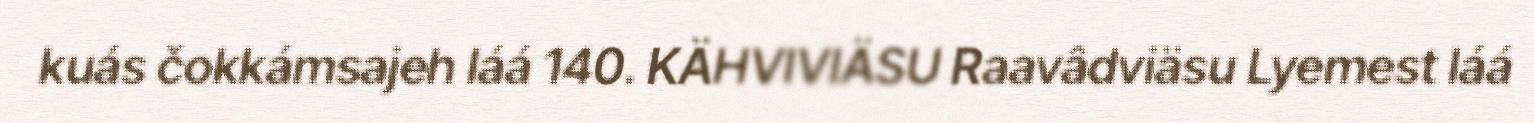
kuás čokkámsajeh láá 140. KÄHVIVIÄSU Raavâdviäsu Lyemest láá